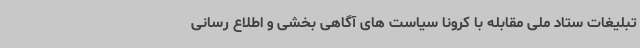
تبلیغات ستاد ملی مقابله با کرونا سیاست های آگاهی بخشی و اطلاع رسانی